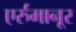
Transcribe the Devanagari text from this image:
एर्रुमानूर